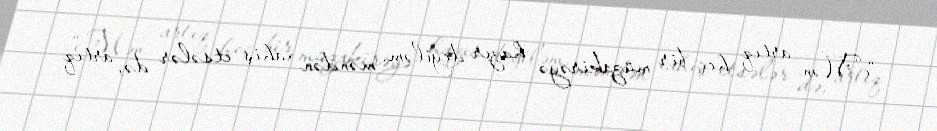
“Mən artıq heç bir müzakirəyə hazır deyiləm, məndən xahiş etsələr də, artıq